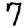
Digit: 7